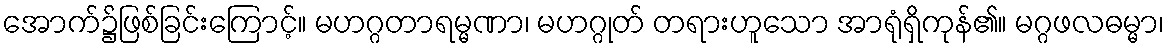
အောက်၌ဖြစ်ခြင်းကြောင့်။ မဟဂ္ဂတာရမ္မဏာ၊ မဟဂ္ဂုတ် တရားဟူသော အာရုံရှိကုန်၏။ မဂ္ဂဖလဓမ္မာ၊